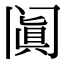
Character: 阗